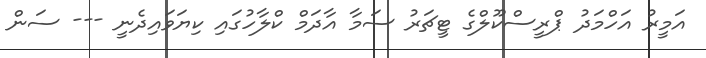
އަމީރު އަހްމަދު ޕްރީސްކޫލްގެ ޓީޗަރު ސަމާ އާދަމް ކްލާހުގައި ކިޔަވައިދެނީ --- ސަން